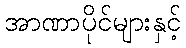
အာဏာပိုင်များနှင့်